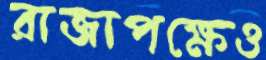
রাজাপক্ষেও